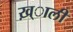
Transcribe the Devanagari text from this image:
ख़्ाली